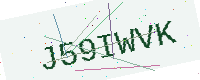
Text: J59IWVK